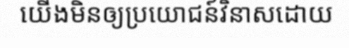
យើងមិនឲ្យប្រយោជន៍វិនាសដោយ